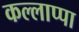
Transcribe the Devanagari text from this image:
कल्लाप्पा